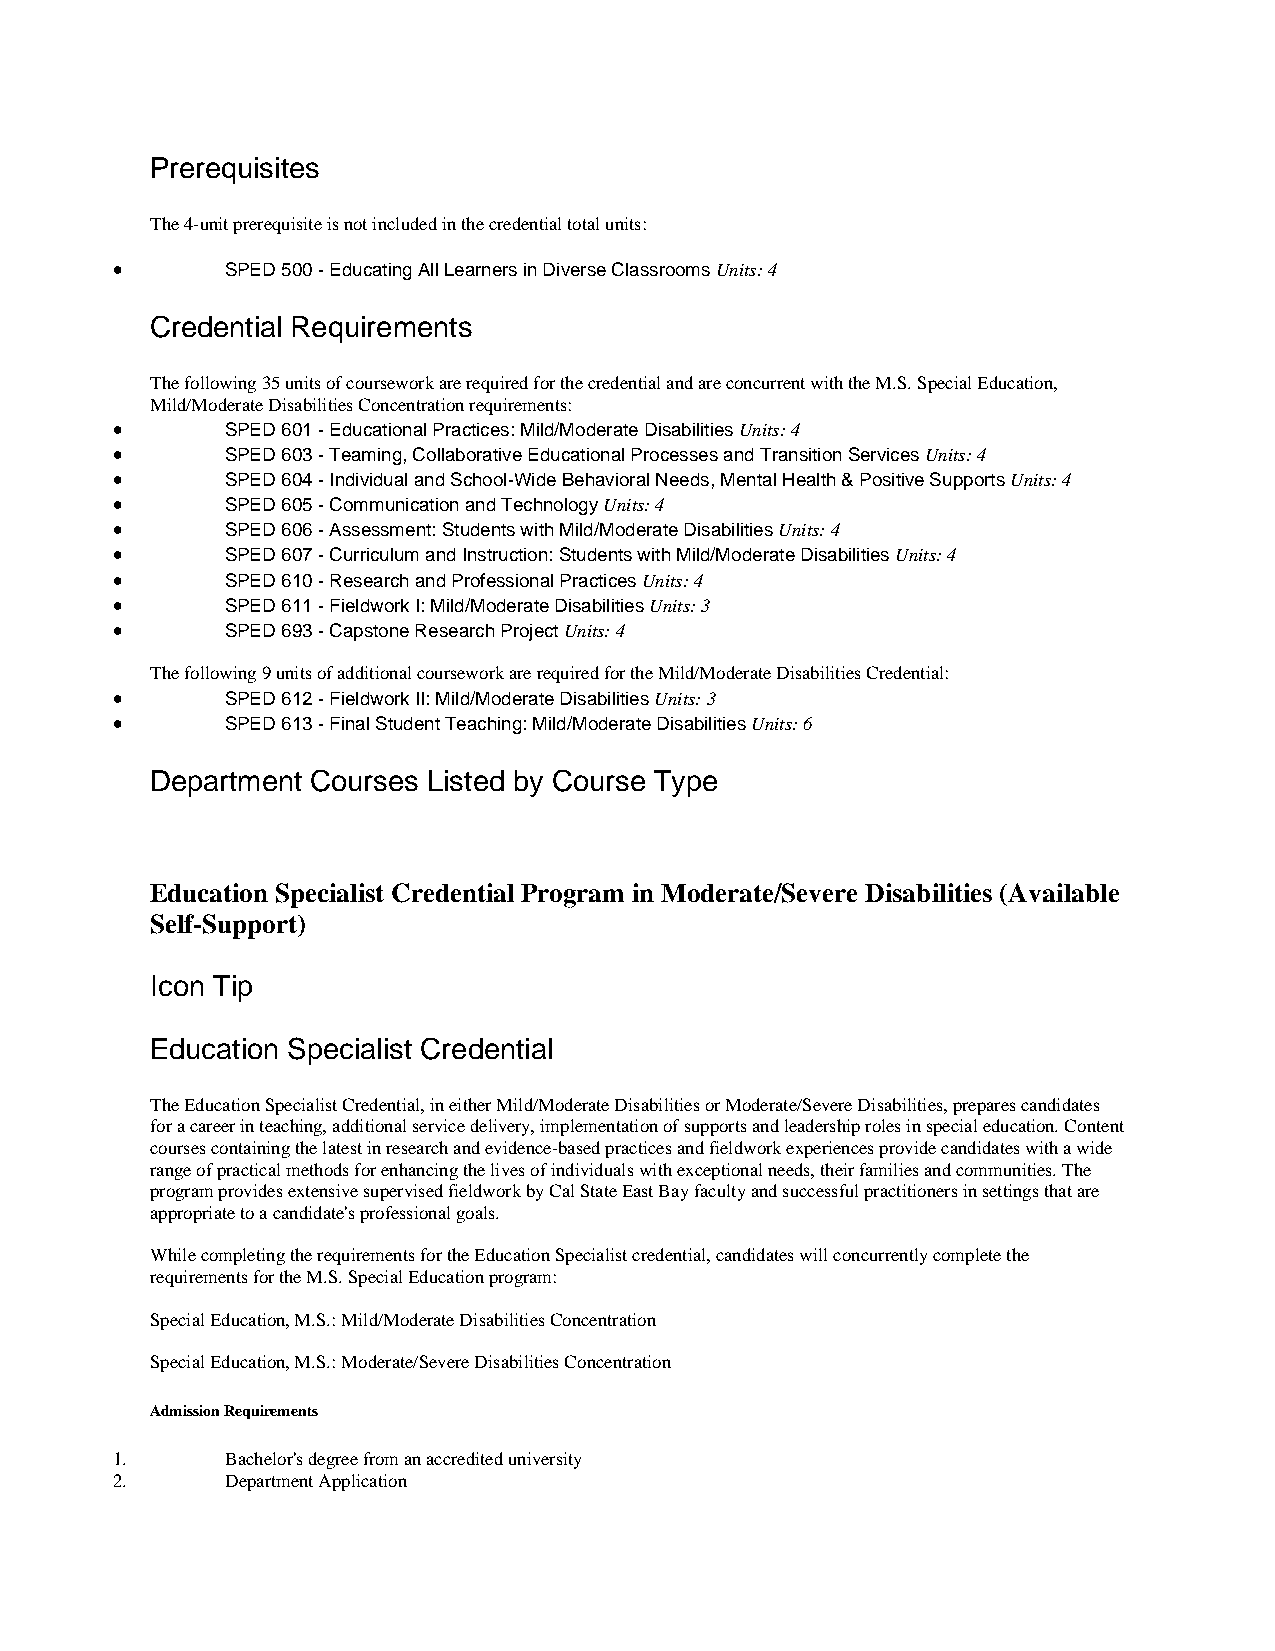
Prerequisites
 The 4-unit prerequisite is not included in the credential total units:
 •       SPED 500 - Educating All Learners in Diverse Classrooms Units: 4
 Credential Requirements
 The following 35 units of coursework are required for the credential and are concurrent with the M.S. Special Education,
 Mild/Moderate Disabilities Concentration requirements:
 •       SPED 601 - Educational Practices: Mild/Moderate Disabilities Units: 4
 •       SPED 603 - Teaming, Collaborative Educational Processes and Transition Services Units: 4
 •       SPED 604 - Individual and School-Wide Behavioral Needs, Mental Health & Positive Supports Units: 4
 •       SPED 605 - Communication and Technology Units: 4
 •       SPED 606 - Assessment: Students with Mild/Moderate Disabilities Units: 4
 •       SPED 607 - Curriculum and Instruction: Students with Mild/Moderate Disabilities Units: 4
 •       SPED 610 - Research and Professional Practices Units: 4
 •       SPED 611 - Fieldwork I: Mild/Moderate Disabilities Units: 3
 •       SPED 693 - Capstone Research Project Units: 4
 The following 9 units of additional coursework are required for the Mild/Moderate Disabilities Credential:
 •       SPED 612 - Fieldwork II: Mild/Moderate Disabilities Units: 3
 •       SPED 613 - Final Student Teaching: Mild/Moderate Disabilities Units: 6
 Department Courses Listed by Course Type
 Education Specialist Credential Program in Moderate/Severe Disabilities (Available
 Self-Support)
 Icon Tip
 Education Specialist Credential
 The Education Specialist Credential, in either Mild/Moderate Disabilities or Moderate/Severe Disabilities, prepares candidates
 for a career in teaching, additional service delivery, implementation of supports and leadership roles in special education. Content
 courses containing the latest in research and evidence-based practices and fieldwork experiences provide candidates with a wide
 range of practical methods for enhancing the lives of individuals with exceptional needs, their families and communities. The
 program provides extensive supervised fieldwork by Cal State East Bay faculty and successful practitioners in settings that are
 appropriate to a candidate's professional goals.
 While completing the requirements for the Education Specialist credential, candidates will concurrently complete the
 requirements for the M.S. Special Education program:
 Special Education, M.S.: Mild/Moderate Disabilities Concentration
 Special Education, M.S.: Moderate/Severe Disabilities Concentration
 Admission Requirements
 1.      Bachelor's degree from an accredited university
 2.      Department Application